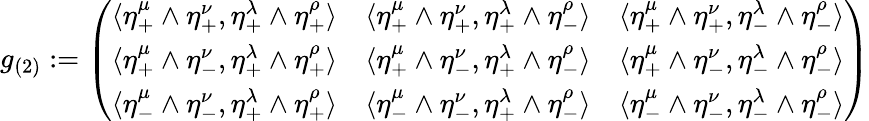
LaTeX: g_{(2)}:=\left(\begin{array}{ccc}{{\langle\eta_{+}^{\mu}\wedge\eta_{+}^{\nu},\eta_{+}^{\lambda}\wedge\eta_{+}^{\rho}\rangle}}&{{\langle\eta_{+}^{\mu}\wedge\eta_{+}^{\nu},\eta_{+}^{\lambda}\wedge\eta_{-}^{\rho}\rangle}}&{{\langle\eta_{+}^{\mu}\wedge\eta_{+}^{\nu},\eta_{-}^{\lambda}\wedge\eta_{-}^{\rho}\rangle}}\\ {{\langle\eta_{+}^{\mu}\wedge\eta_{-}^{\nu},\eta_{+}^{\lambda}\wedge\eta_{+}^{\rho}\rangle}}&{{\langle\eta_{+}^{\mu}\wedge\eta_{-}^{\nu},\eta_{+}^{\lambda}\wedge\eta_{-}^{\rho}\rangle}}&{{\langle\eta_{+}^{\mu}\wedge\eta_{-}^{\nu},\eta_{-}^{\lambda}\wedge\eta_{-}^{\rho}\rangle}}\\ {{\langle\eta_{-}^{\mu}\wedge\eta_{-}^{\nu},\eta_{+}^{\lambda}\wedge\eta_{+}^{\rho}\rangle}}&{{\langle\eta_{-}^{\mu}\wedge\eta_{-}^{\nu},\eta_{+}^{\lambda}\wedge\eta_{-}^{\rho}\rangle}}&{{\langle\eta_{-}^{\mu}\wedge\eta_{-}^{\nu},\eta_{-}^{\lambda}\wedge\eta_{-}^{\rho}\rangle}}\end{array}\right)